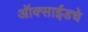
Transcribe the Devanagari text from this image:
ऑक्साईडचे